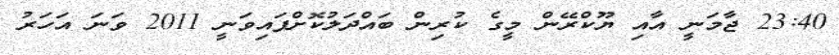
23:40 ޖާމަނީ އާއި ޔޫކްރޭން މީގެ ކުރިން ބައްދަލުކޮށްފައިވަނީ 2011 ވަނަ އަހަރު